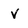
Character: V